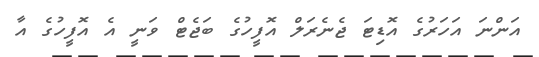
އަންނަ އަހަރުގެ އޮޑިޓަ ޖެނެރަލް އޮފީހުގެ ބަޖެޓް ވަނީ އެ އޮފީހުގެ އާ